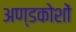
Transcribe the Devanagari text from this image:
अण्डकोशों